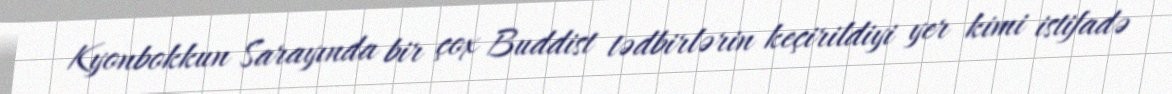
Kyonbokkun Sarayında bir çox Buddist tədbirlərin keçirildiyi yer kimi istifadə